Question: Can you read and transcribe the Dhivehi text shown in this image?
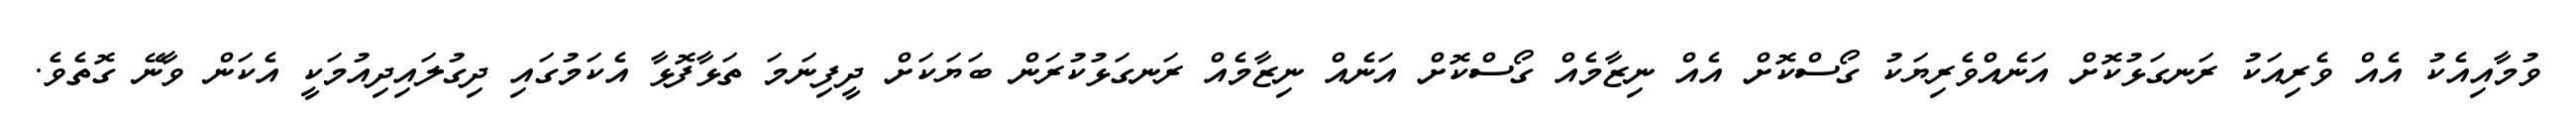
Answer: ވުމާއިއެކު އެއް ވެރިއަކު ރަނގަޅުކޮށް އަނެއްވެރިޔަކު ގޯސްކޮށް އެއް ނިޒާމެއް ގޯސްކޮށް އަނެއް ނިޒާމެއް ރަނގަޅުކުރަން ބަޔަކަށް ދީފިނަމަ ތަޅާފޮޅާ އެކަމުގައި ދިގުލައިދިއުމަކީ އެކަން ވާނޭ ގޮތެވެ.